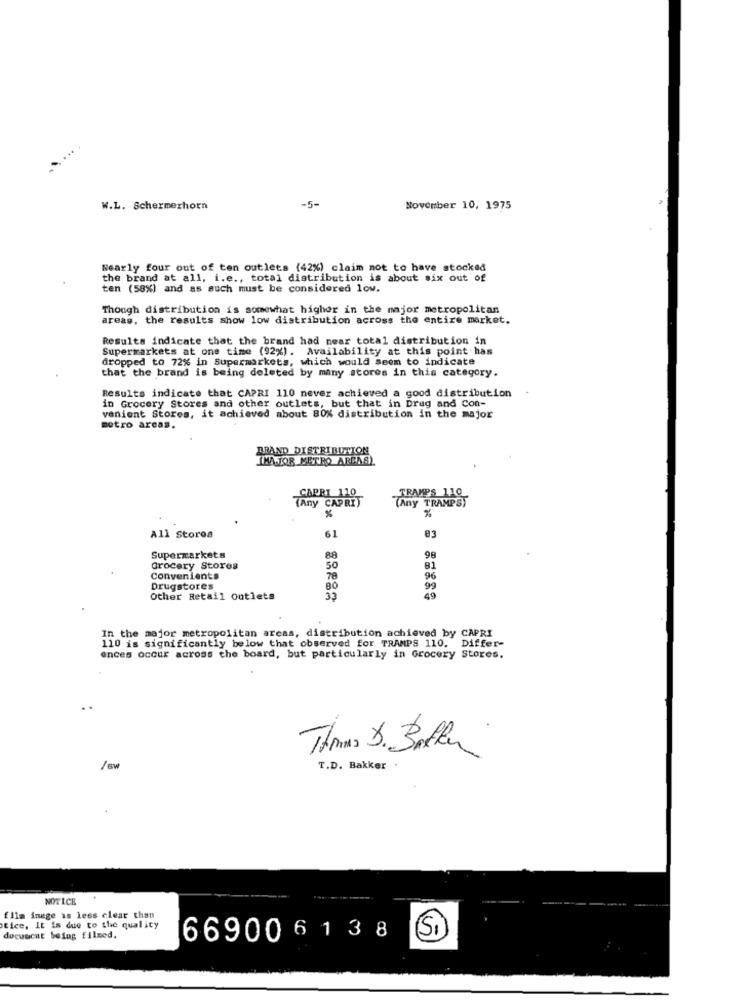
W.L. Schermerhorn
-5-
November 10, 1975
Nearly four out of ten outlets (42%) claim not to have stocked
the brand at all, i.e ., total distribution is about six out of
ten (58%) and as such must be considered low.
Though distribution is somewhat higher in the major metropolitan
areas, the results show low distribution across the entire market.
Results indicate that the brand had near total distribution in
Supermarkets at one time (92%). Availability at this point has
dropped to 72% in Supermarkets, which would seem to indicate
that the brand is being deleted by many stores in this category.
Results indicate that CAPRI 110 never achieved a good distribution
in Grocery Stores and other outlets, but that in Drug and Con-
venient Stores, it achieved about 80% distribution in the major
metro areas.
BRAND DISTRIBUTION
IMAJOR METRO AREAS)
CAPRI 110
CAF
TRAMPS 110
(Any TRAMPST
%
83
All Stores
61
98
Supermarkets
88
Grocery Stores
50
81
Convenients
78
96
Drugstores
80
99
Other Retail outlets
49
In the major metropolitan areas, distribution achieved by CAPRI
110 is significantly below that observed for TRAMPS 110. Differ-
ences occur across the board, but particularly in Grocery Stores.
Thomas D. 30fler
/sw
T.D. Bakker
NOTICE
film inage is less clear than
tice, It is due to the quality
(Si)
docuscat being filmed.
66900 6 1 3 8